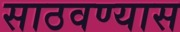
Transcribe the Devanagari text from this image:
साठवण्यास